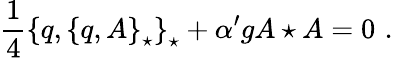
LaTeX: \frac{1}{4}\left\{ q,\left\{ q,A\right\} _{\star}\right\} _{\star}+{\alpha^{\prime}}gA\star A=0\, \, .